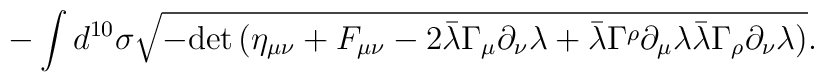
- \int d^{10} \sigma \sqrt{- {\rm det}\, \big(\eta_{\mu\nu} + F_{\mu\nu} - 2 \bar\lambda \Gamma_{\mu}\partial_\nu \lambda + \bar \lambda \Gamma^\rho \partial_\mu \lambda\bar\lambda \Gamma_\rho \partial_\nu \lambda \big)}.